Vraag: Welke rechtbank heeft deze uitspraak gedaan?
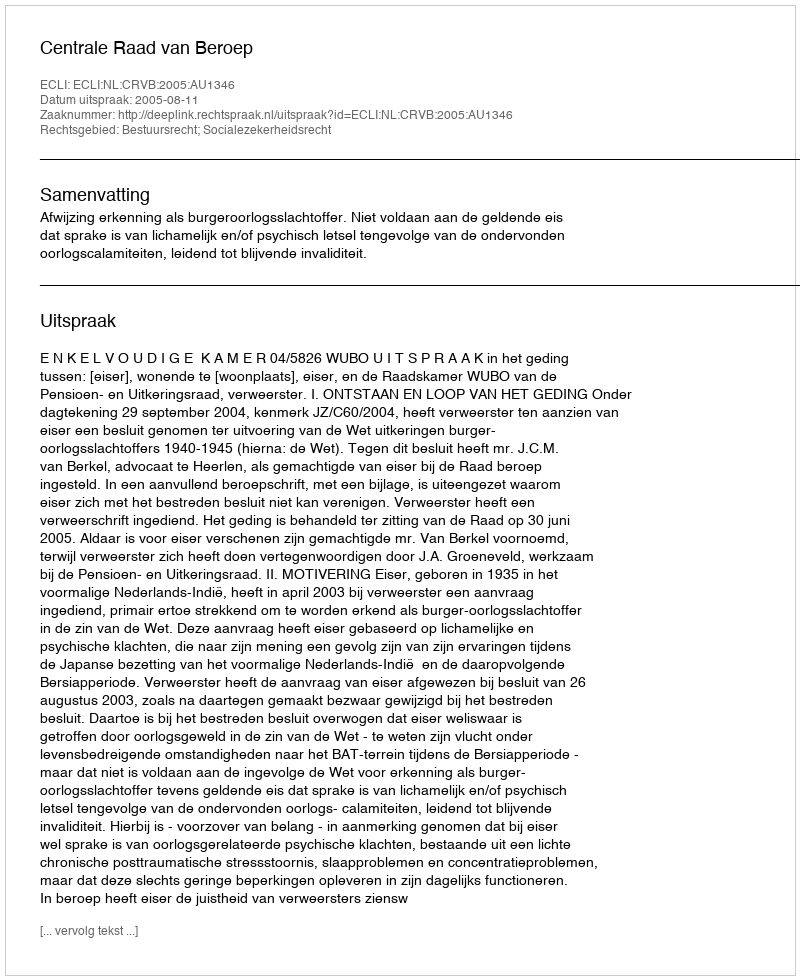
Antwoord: Centrale Raad van Beroep